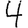
Digit: 4